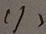
( 1 )